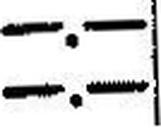
—.—